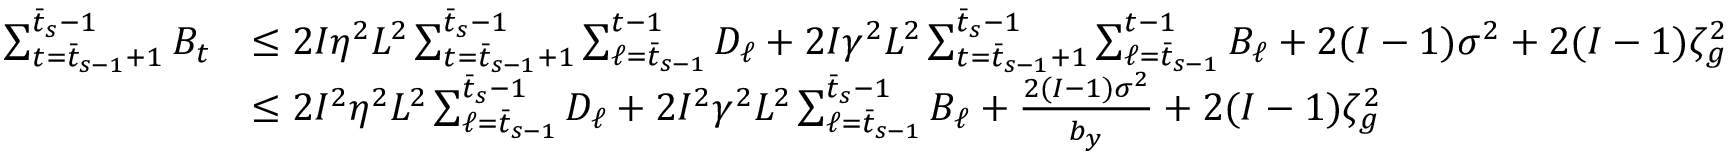
\begin{array} { r l } { \sum _ { t = \bar { t } _ { s - 1 } + 1 } ^ { \bar { t } _ { s } - 1 } B _ { t } } & { \leq 2 I \eta ^ { 2 } L ^ { 2 } \sum _ { t = \bar { t } _ { s - 1 } + 1 } ^ { \bar { t } _ { s } - 1 } \sum _ { \ell = \bar { t } _ { s - 1 } } ^ { t - 1 } D _ { \ell } + 2 I \gamma ^ { 2 } L ^ { 2 } \sum _ { t = \bar { t } _ { s - 1 } + 1 } ^ { \bar { t } _ { s } - 1 } \sum _ { \ell = \bar { t } _ { s - 1 } } ^ { t - 1 } B _ { \ell } + 2 ( I - 1 ) \sigma ^ { 2 } + 2 ( I - 1 ) \zeta _ { g } ^ { 2 } } \\ & { \leq 2 I ^ { 2 } \eta ^ { 2 } L ^ { 2 } \sum _ { \ell = \bar { t } _ { s - 1 } } ^ { \bar { t } _ { s } - 1 } D _ { \ell } + 2 I ^ { 2 } \gamma ^ { 2 } L ^ { 2 } \sum _ { \ell = \bar { t } _ { s - 1 } } ^ { \bar { t } _ { s } - 1 } B _ { \ell } + \frac { 2 ( I - 1 ) \sigma ^ { 2 } } { b _ { y } } + 2 ( I - 1 ) \zeta _ { g } ^ { 2 } } \end{array}